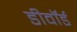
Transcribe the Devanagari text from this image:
डीवॉर्ड